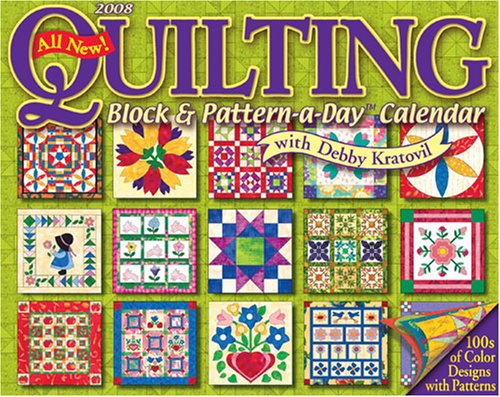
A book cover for Quilting Block & Pattern-a-Day: 2008 Day-to-Day Calendar; Debbie Kratovil; Calendars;